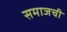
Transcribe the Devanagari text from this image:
समाजची